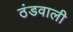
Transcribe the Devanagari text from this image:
ठंडवाली